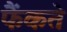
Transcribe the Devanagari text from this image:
फैंकते